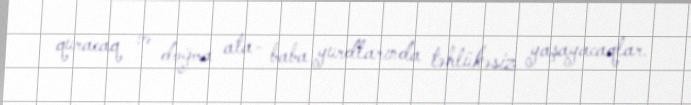
quracaq və doğma ata- baba yurdlarında təhlükəsiz yaşayacaqlar.